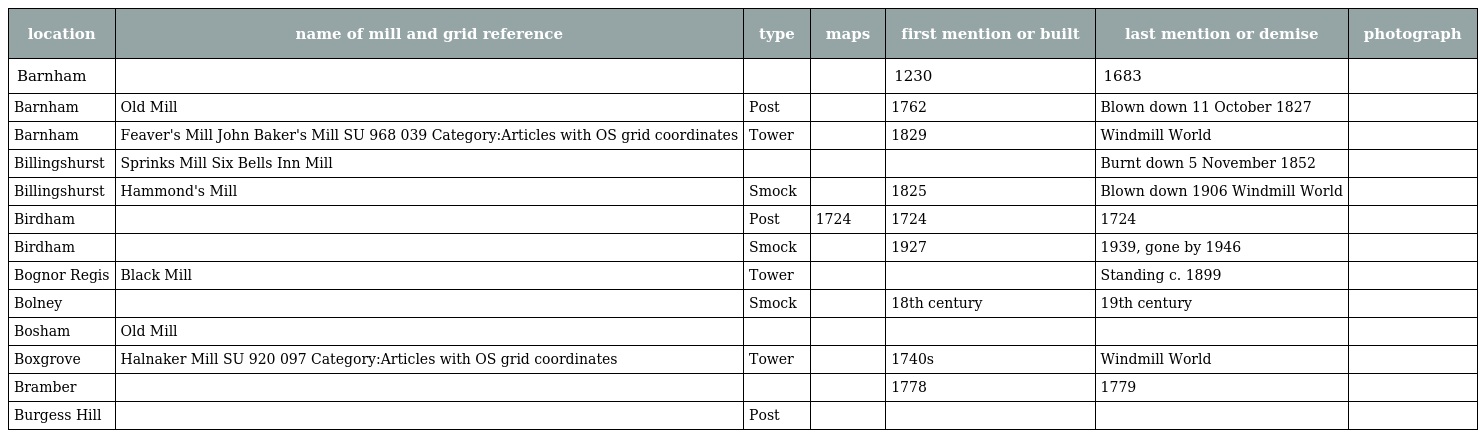
| location | name of mill and grid reference | type | maps | first mention or built | last mention or demise | photograph |
 | --- | --- | --- | --- | --- | --- | --- |
 | Barnham |  |  |  | 1230 | 1683 |  |
 | Barnham | Old Mill | Post |  | 1762 | Blown down 11 October 1827 |  |
 | Barnham | Feaver's Mill John Baker's Mill SU 968 039 Category:Articles with OS grid coordinates | Tower |  | 1829 | Windmill World |  |
 | Billingshurst | Sprinks Mill Six Bells Inn Mill |  |  |  | Burnt down 5 November 1852 |  |
 | Billingshurst | Hammond's Mill | Smock |  | 1825 | Blown down 1906 Windmill World |  |
 | Birdham |  | Post | 1724 | 1724 | 1724 |  |
 | Birdham |  | Smock |  | 1927 | 1939, gone by 1946 |  |
 | Bognor Regis | Black Mill | Tower |  |  | Standing c. 1899 |  |
 | Bolney |  | Smock |  | 18th century | 19th century |  |
 | Bosham | Old Mill |  |  |  |  |  |
 | Boxgrove | Halnaker Mill SU 920 097 Category:Articles with OS grid coordinates | Tower |  | 1740s | Windmill World |  |
 | Bramber |  |  |  | 1778 | 1779 |  |
 | Burgess Hill |  | Post |  |  |  |  |